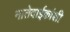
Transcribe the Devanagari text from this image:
नातेवाईकांशी